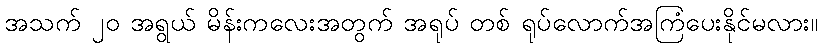
အသက် ၂၀ အရွယ် မိန်းကလေးအတွက် အရုပ် တစ် ရုပ်လောက်အကြံပေးနိုင်မလား။